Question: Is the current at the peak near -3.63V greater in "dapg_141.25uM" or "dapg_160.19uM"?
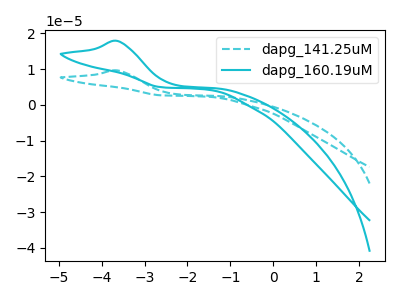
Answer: <think>The cyan dashed curve "dapg_141.25uM" has an anodic peak at: (-3.65V, 9.65uA). The cyan curve "dapg_160.19uM" has an anodic peak at: (-3.65V, 17.90uA).</think>
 <answer>The peak at -3.63V is lower in "dapg_141.25uM" than in "dapg_160.19uM".</answer>
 <eval>lower</eval>